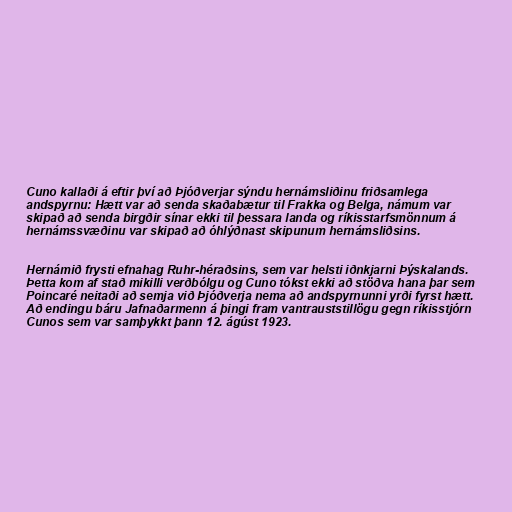
Cuno kallaði á eftir því að Þjóðverjar sýndu hernámsliðinu friðsamlega
andspyrnu: Hætt var að senda skaðabætur til Frakka og Belga, námum var
skipað að senda birgðir sínar ekki til þessara landa og ríkisstarfsmönnum á
hernámssvæðinu var skipað að óhlýðnast skipunum hernámsliðsins.

Hernámið frysti efnahag Ruhr-héraðsins, sem var helsti iðnkjarni Þýskalands.
Þetta kom af stað mikilli verðbólgu og Cuno tókst ekki að stöðva hana þar sem
Poincaré neitaði að semja við Þjóðverja nema að andspyrnunni yrði fyrst hætt.
Að endingu báru Jafnaðarmenn á þingi fram vantrauststillögu gegn ríkisstjórn
Cunos sem var samþykkt þann 12. ágúst 1923.